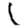
Digit: 1